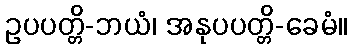
ဥပပတ္တိ-ဘယံ၊ အနုပပတ္တိ-ခေမံ။